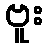
ဗူး